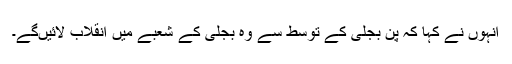
انہوں نے کہا کہ پن بجلی کے توسط سے وہ بجلی کے شعبے میں انقلاب لائیںگے۔